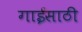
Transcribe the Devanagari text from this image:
गाईसाठी